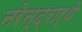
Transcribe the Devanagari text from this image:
नरेन्द्रार्थे